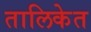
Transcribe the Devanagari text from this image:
तालिकेत